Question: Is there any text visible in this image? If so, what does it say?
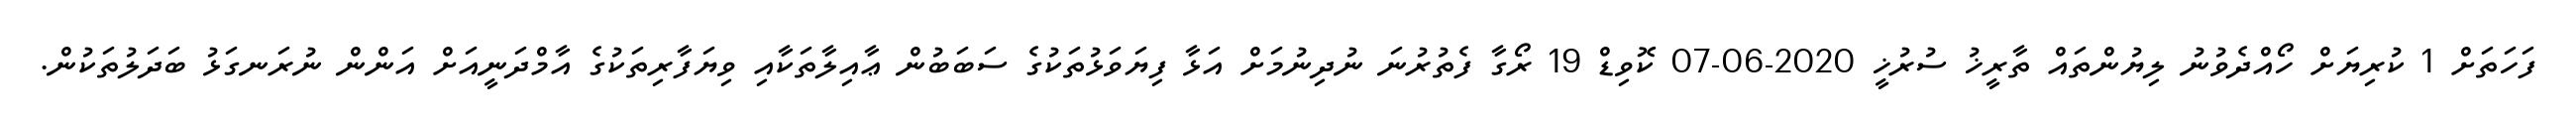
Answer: ފަހަތަށް 1 ކުރިޔަށް ހޯއްދެވުނު ލިޔުންތައް ތާރީޚު ސުރުޚީ 2020-06-07 ކޮވިޑް 19 ރޯގާ ފެތުރުނަ ނުދިނުމަށް އަޅާ ފިޔަވަޅުތަކުގެ ސަބަބުން ޢާއިލާތަކާއި ވިޔަފާރިތަކުގެ އާމްދަނީއަށް އަންން ނުރަނގަޅު ބަދަލުތަކުން.